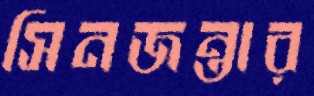
সিনজন্তার